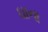
ઘાના